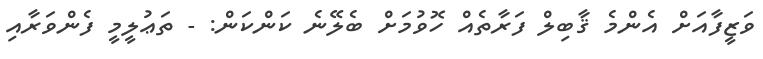
ވަޒީފާއަށް އެންމެ ޤާބިލް ފަރާތެއް ހޮވުމަށް ބެލޭނެ ކަންކަން: - ތަޢުލީމީ ފެންވަރާއި